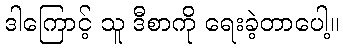
ဒါကြောင့် သူ ဒီစာကို ရေးခဲ့တာပေါ့။